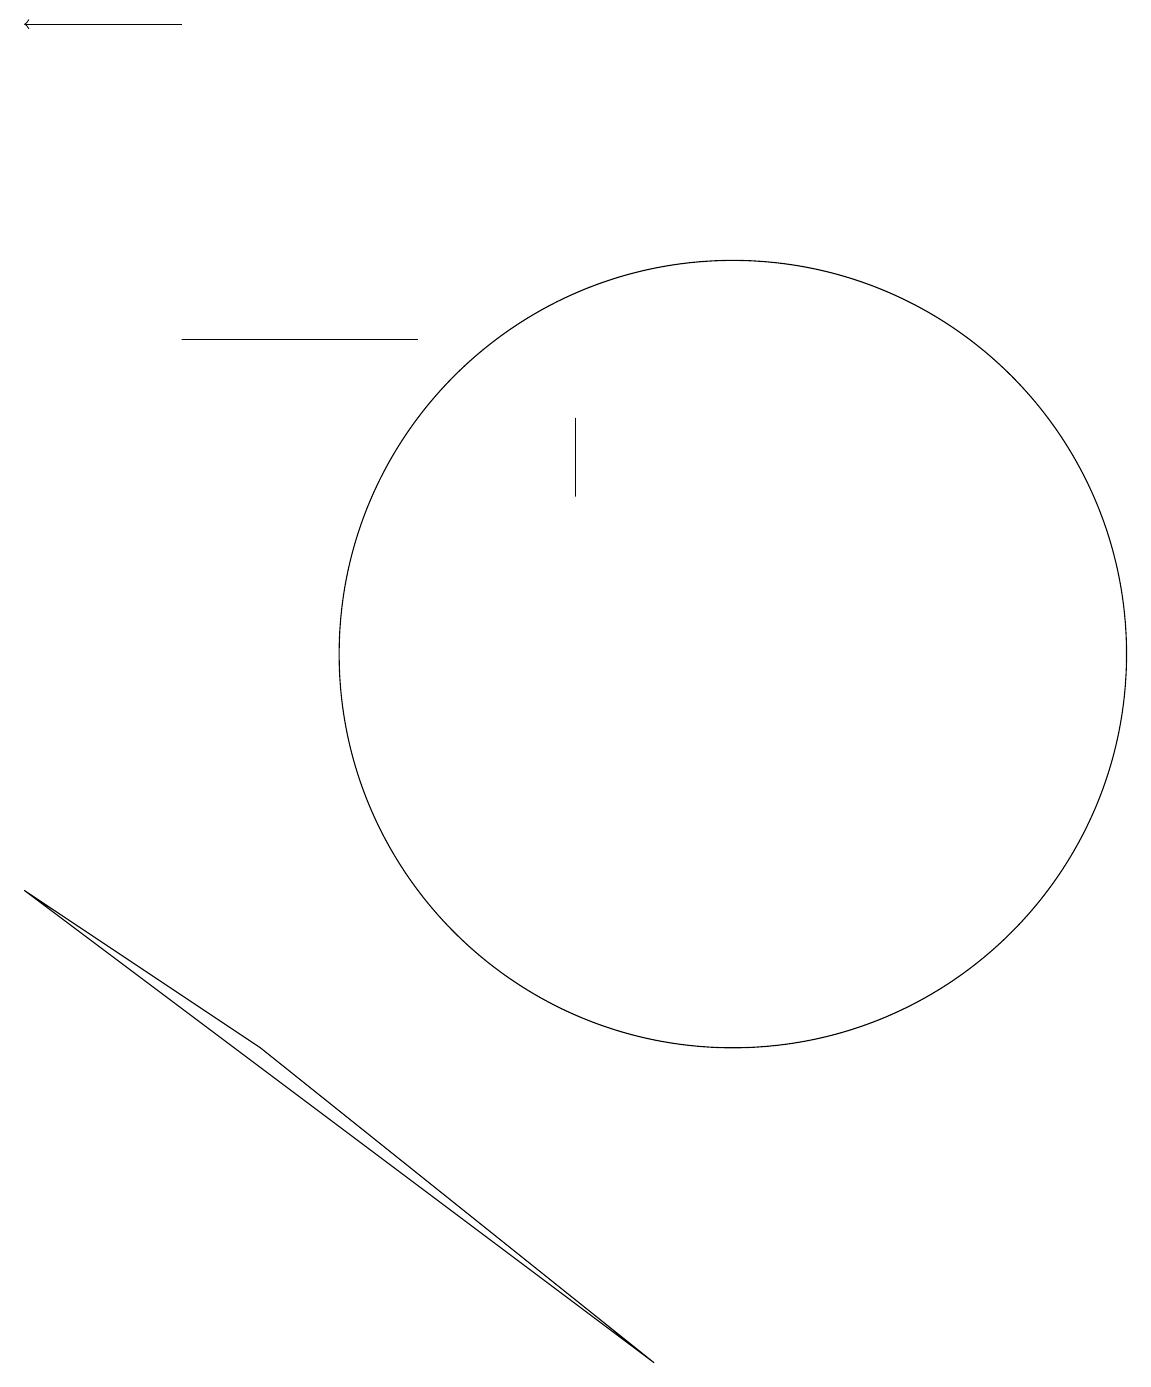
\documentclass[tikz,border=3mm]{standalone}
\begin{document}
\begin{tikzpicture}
\draw (9,2) -- (1,8) -- (4,6) -- cycle;
\draw[->] (3,19) -- (1,19);
\draw (10,11) circle (5);
\draw (6,15) rectangle (3,15);
\draw (8,13) rectangle (8,14);
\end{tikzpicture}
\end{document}